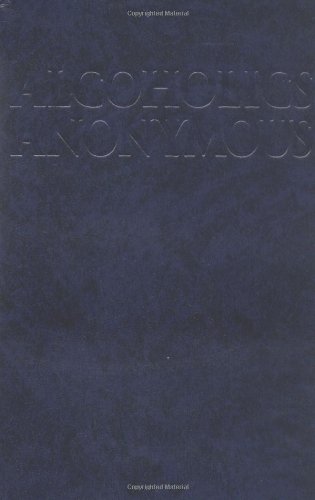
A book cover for Alcoholics Anonymous: The Big Book, 4th Edition; Anonymous; Health, Fitness & Dieting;